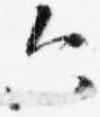
六